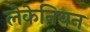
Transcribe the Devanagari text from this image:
लेकेनियन